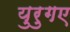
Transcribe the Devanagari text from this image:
युरुगए